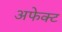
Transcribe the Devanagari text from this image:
अफेक्ट